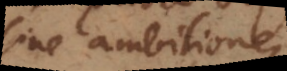
sine ambitione,